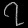
Digit: ၇